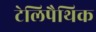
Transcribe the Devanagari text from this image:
टेलिपैथिक